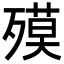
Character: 𣩎